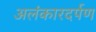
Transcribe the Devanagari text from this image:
अलंकारदर्पण